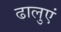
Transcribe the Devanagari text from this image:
ढालुएं